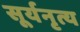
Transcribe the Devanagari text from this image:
सूर्यनृत्य